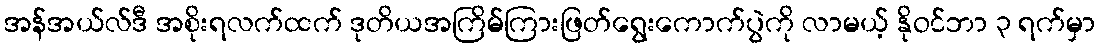
အန်အယ်လ်ဒီ အစိုးရလက်ထက် ဒုတိယအကြိမ်ကြားဖြတ်ရွေးကောက်ပွဲကို လာမယ့် နိုဝင်ဘာ ၃ ရက်မှာ